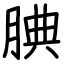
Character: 腆